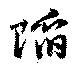
陥